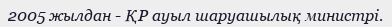
2005 жылдан - ҚР ауыл шаруашылық министрі.